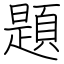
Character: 題